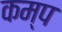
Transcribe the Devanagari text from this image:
कम्‍प